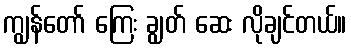
ကျွန်တော် ကြေး ချွတ် ဆေး လိုချင်တယ်။